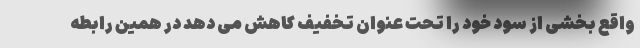
واقع بخشی از سود خود را تحت عنوان تخفیف کاهش می دهد در همین رابطه